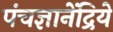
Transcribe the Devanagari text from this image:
पंचज्ञानेंद्रिये